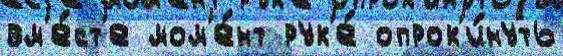
вм'е́ст'е мом'е́нт рук'е́ опрок'и́нуть